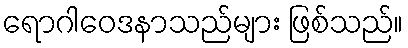
ရောဂါဝေဒနာသည်များ ဖြစ်သည်။